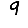
Digit: 9